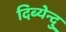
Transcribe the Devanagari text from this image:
दिब्येन्दु